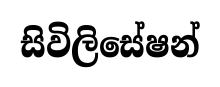
සිවිලිසේෂන්